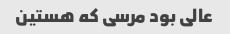
عالی بود مرسی که هستین